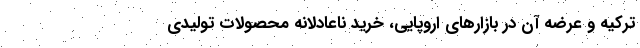
ترکیه و عرضه آن در بازارهای اروپایی، خرید ناعادلانه محصولات تولیدی